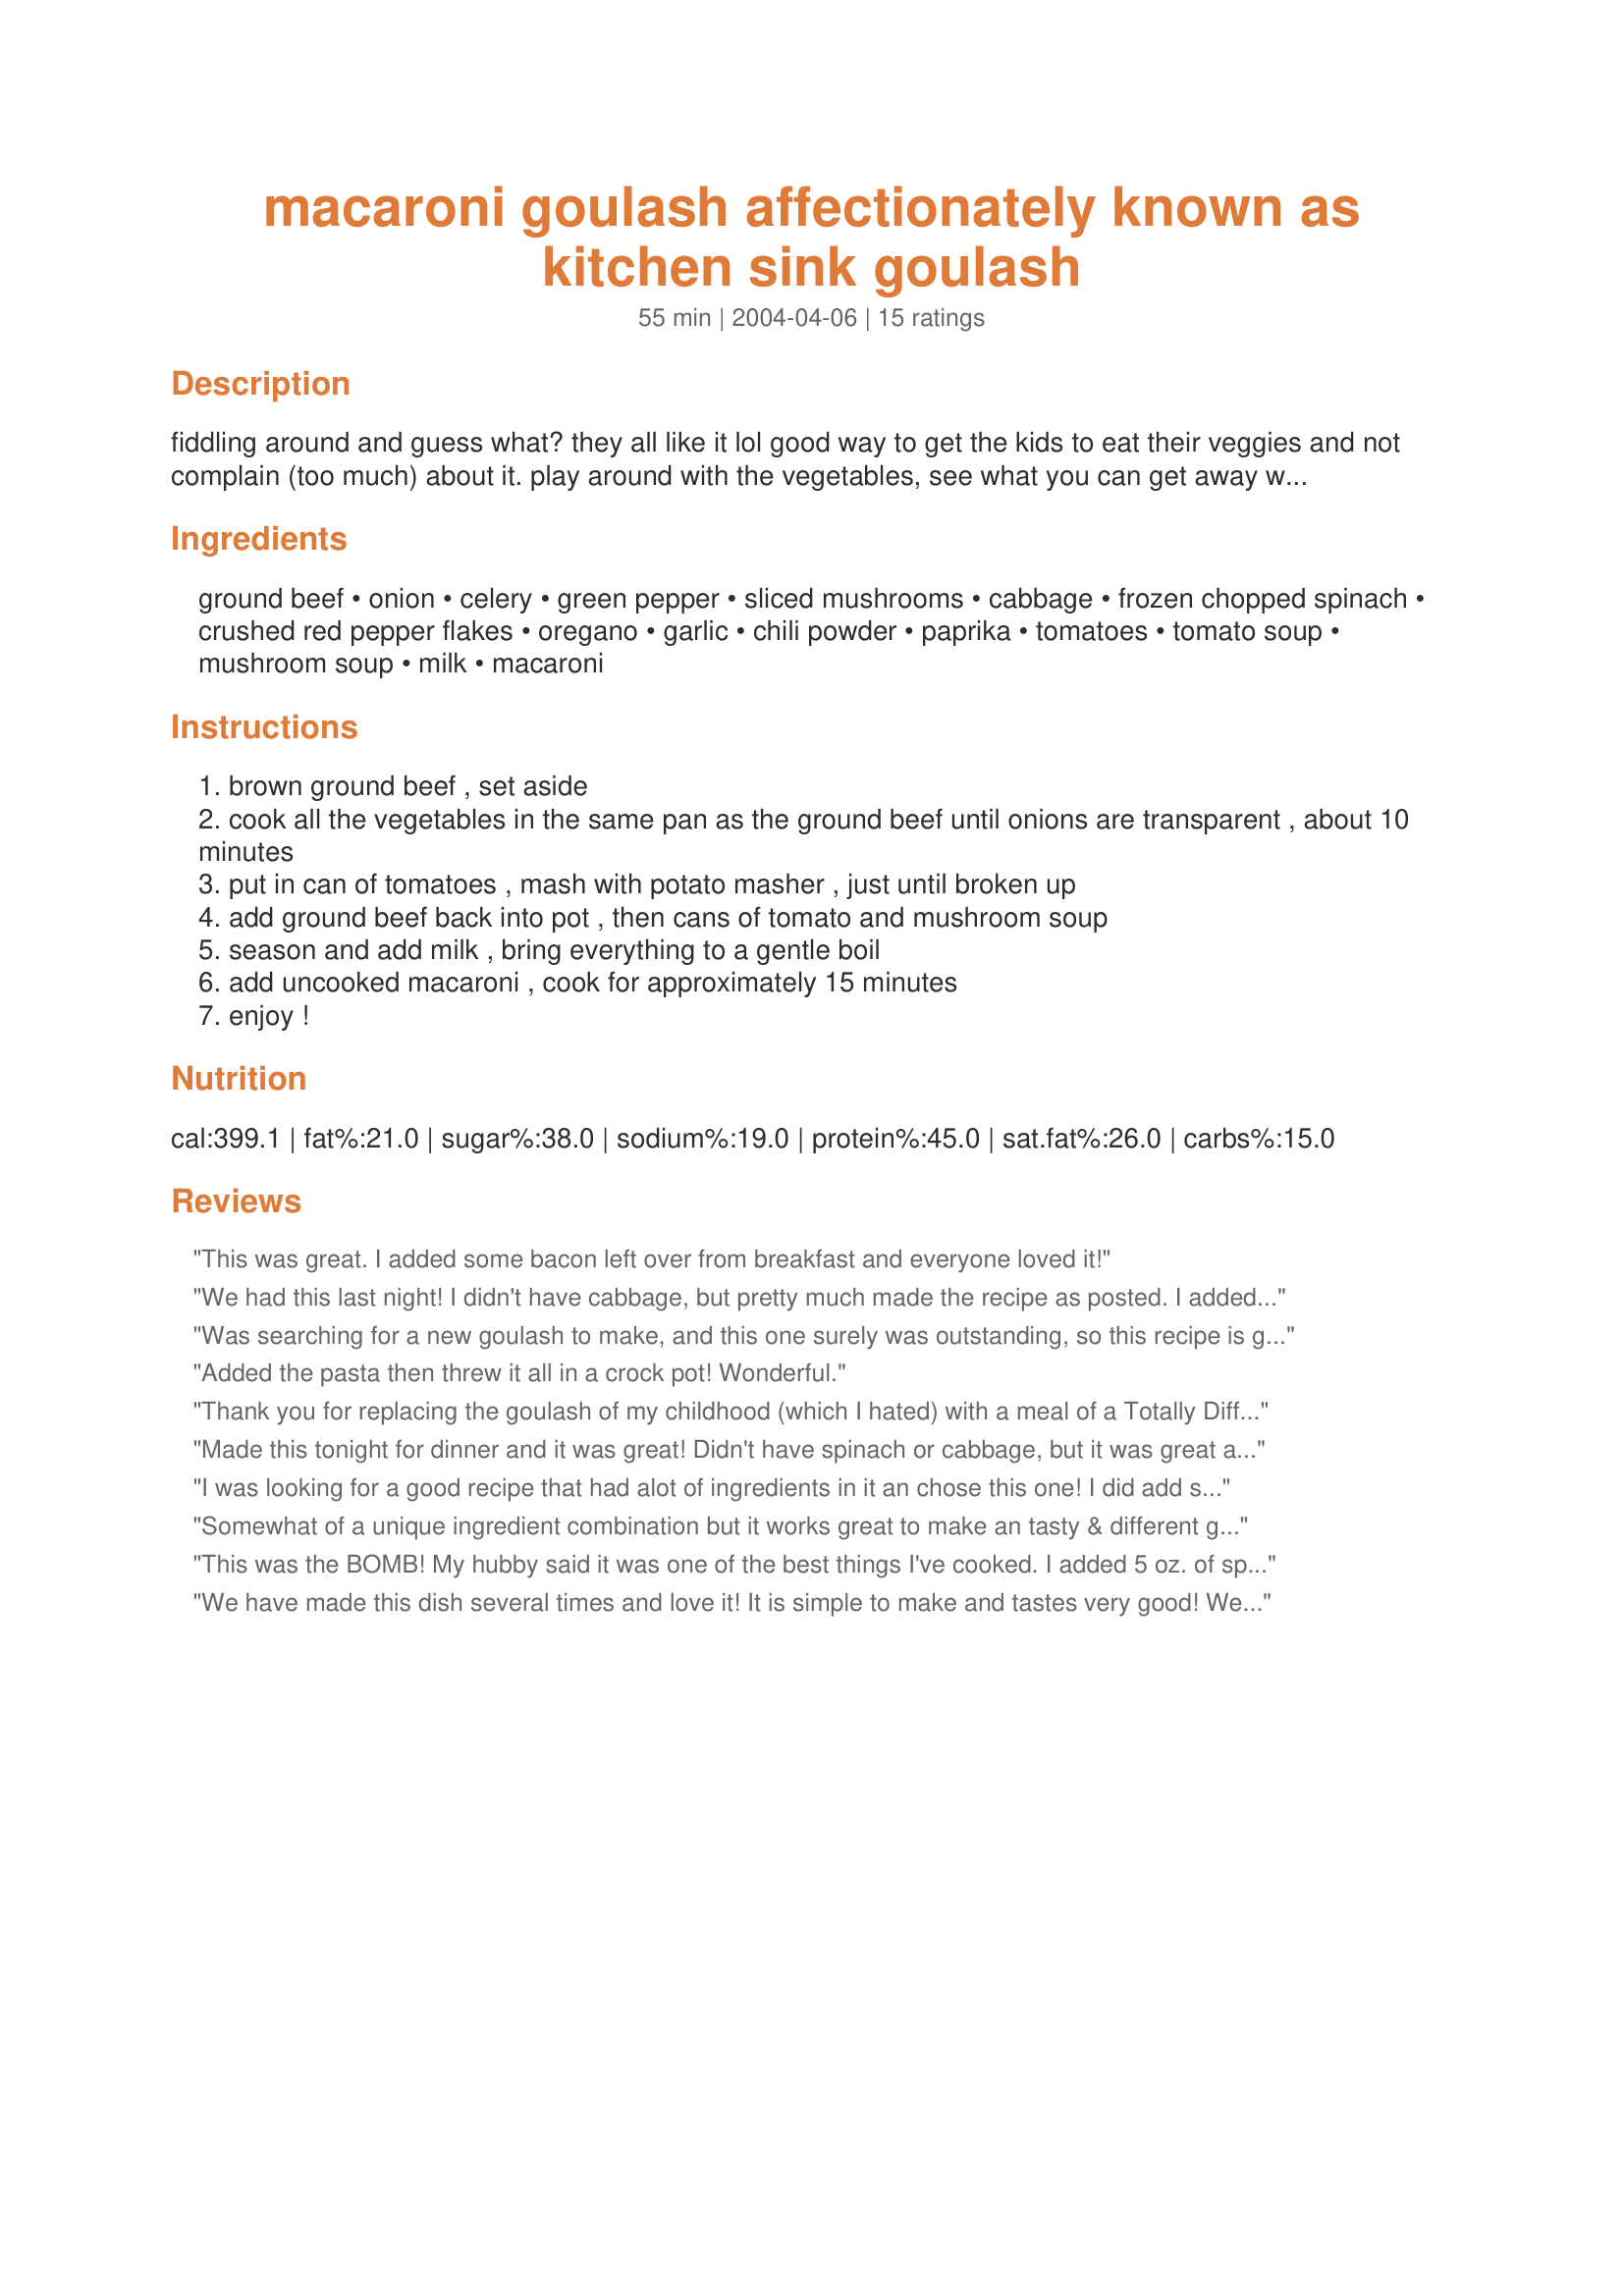
macaroni goulash affectionately known as kitchen sink goulash
Preparation time: 55 minutes

fiddling around and guess what? they all like it lol good way to get the kids to eat their veggies and not complain (too much) about it. play around with the vegetables, see what you can get away with.

Ingredients:
ground beef, onion, celery, green pepper, sliced mushrooms, cabbage, frozen chopped spinach, crushed red pepper flakes, oregano, garlic, chili powder, paprika, tomatoes, tomato soup, mushroom soup, milk, macaroni

Steps:
brown ground beef , set aside
cook all the vegetables in the same pan as the ground beef until onions are transparent , about 10 minutes
put in can of tomatoes , mash with potato masher , just until broken up
add ground beef back into pot , then cans of tomato and mushroom soup
season and add milk , bring everything to a gentle boil
add uncooked macaroni , cook for approximately 15 minutes
enjoy !

Reviews:
This was great. I added some bacon left over from breakfast and everyone loved it!
We had this last night! I didn't have cabbage, but pretty much made the recipe as posted. I added a little Worcheshire sauce and celery salt too. It was very tasty, and a nice quick meal. Love the variations you can get. Will keep this recipe!
Was searching for a new goulash to make, and this one surely was outstanding, so this recipe is getting 5 stars from me. I DID NOT add the shredded cabbage, nor the spinach, I think this was best w/o it. I added a bit more of the chopped onions a (2/3 cup). I only added 1 (4 oz.) can of sliced mushrooms, (drained) 1/2 tsp. of the red pepper flakes, 2 tsp. of jarred minced garlic, 1-1/2 tsp. chili powder, 1-1/2 tsp. paprika, 2 (14.5 oz.) cans whole tomatoes (chopped), plus I did add a bit more of the macaroni, (10 oz.) to be exact, since the goulash seemed to have plenty of liquid. This is really good reheated the next day, and I did this in the microwave, since the macaroni absorbed a lot of the liquid. I consider this to be comfort food, and will enjoy making it again in the near future.
Thank you majakete for the recipe.
Hubby and I loved it!!
Added the pasta then threw it all in a crock pot! Wonderful.
Thank you for replacing the goulash of my childhood (which I hated) with a meal of a Totally Different Color. :) I loved this, as did my husband and the roomie. So very good!
Made this tonight for dinner and it was great! Didn't have spinach or cabbage, but it was great all the same. Our leftovers went in to the freezer for another good dinner some other night. Thanks!
I was looking for a good recipe that had alot of ingredients in it an chose this one! I did add some more to it though! Instead of green peppers, I used 1 small red pepper and 1 small orange pepper. I left out the cabbage and spinach and added corn. I cooked the veggies and beef seperate until both were done, then added them together in the big pot. I used two cans of tomato soup, no mushroom soup, a half a jar of Ragu tomato sauce, and 3/4 cup of milk. I also cooked the pasta (I used shells)before adding it to the big pot. Everthing else was by this recipe! Thank You for an awesome recipe! My whole family loved it! The only thing I might do differently the next time is leave out the red pepper, it was a little too spicy for me!
Somewhat of a unique ingredient combination but it works great to make an tasty & different goulash. I increased the beef & reduced the pasta. I only used 1/2 of the mushroom soup as a result & cut back the tomatoes abit. I used 10 oz of spinach but, although we enjoy spinach, next time will only use 5 oz as I found it overpowered the other flavours abit. I didn't include the cabbage this time but definatley keep it as an option for next time. Everything cooked together well & at the end I added a sprinkle of seasoning salt to finish merging all the flavours together better. Easy recipe to make & has all the ingredients I enjoy, thanks for sharing.
This was the BOMB! My hubby said it was one of the best things I've cooked. I added 5 oz. of spinach, no cabbage. Everything else I followed the recipe by. Had TONS of leftovers too. Tasted just as great if not better the next day. We sprinkled cheddar cheese over the top of our bowls too.
We have made this dish several times and love it! It is simple to make and tastes very good! We've even served it to company -- it's that good.


This was pretty good. Thanks for sharing.
My 1/2 German mom always made "goulash" growing up, which consisted of ground beef, shell noodles, Rotel and lemon pepper. Imagine my surprise when, as a young adult, I was served "goulash" at a dinner party only to find out that my mother's goulash in no way resembled the actual dish! Although I can appreciate the other ingredients now, I still get nostalgic when I hear the word "goulash." Thanks for posting!
This was awesome! I used ground turkey instead of beef and I didn't use mushrooms,cabbage or spinach. Otherwise, I made it as directed. It took the goulash about 25 minutes to cook and that could be because I used more noodles. This was very good so it will be a keeper in our house! Thanks for a great recipe!
Goulash is a Hungarian recipe ,a heritage that has been left to our people ,hundreds of years of perfection.To dishonor by calling it kitchen sink goulash,that is disrespectful.Why not call it then American mixed junk food.I have cooked for over 30 years in several private homes as there personal chef and in restaurants.and beleive it or not all the kids ate there veggies if they are done right.
Wonderful addition to my regular meals! I never liked goulash growing up so when my husband made this request I looked for a different version. He's diabetic so I used Dreamfields pasta and ground turkey. When I double this I use cream of celery soup and cream of mushroom soup. (I usually leave off the optional ingredients) This is sooo YUMMY!
